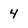
Character: 4